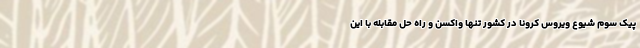
پیک سوم شیوع ویروس کرونا در کشور تنها واکسن و راه حل مقابله با این